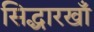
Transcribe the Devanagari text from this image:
सिद्धारखॉँ